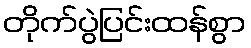
တိုက်ပွဲပြင်းထန်စွာ